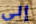
إلى